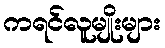
ကရင်လူမျိုးများ